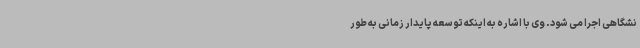
نشگاهی اجرا می شود. وی با اشاره به اینکه توسعه پایدار زمانی به طور